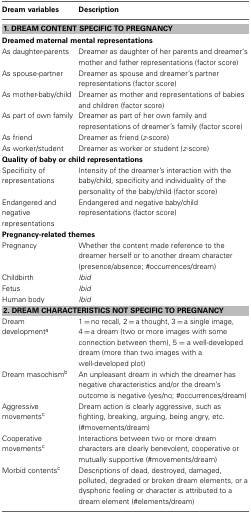
<table><thead><tr><td><b>Dream variables</b></td><td><b>Description</b></td></tr></thead><tbody><tr><td colspan="2"><b>1. DREAM CONTENT SPECIFIC TO PREGNANCY</b></td></tr><tr><td colspan="2"><b>Dreamed maternal mental representations</b></td></tr><tr><td>As daughter-parents</td><td>Dreamer as daughter of her parents and dreamer&#x27;s mother and father representations (factor score)</td></tr><tr><td>As spouse-partner</td><td>Dreamer as spouse and dreamer&#x27;s partner representations (factor score)</td></tr><tr><td>As mother-baby/child</td><td>Dreamer as mother and representations of babies and children (factor score)</td></tr><tr><td>As part of own family</td><td>Dreamer as part of her own family and representations of dreamer&#x27;s family (factor score)</td></tr><tr><td>As friend</td><td>Dreamer as friend (<i>z</i>-score)</td></tr><tr><td>As worker/student</td><td>Dreamer as worker or student (<i>z</i>-score)</td></tr><tr><td colspan="2"><b>Quality of baby or child representations</b></td></tr><tr><td>Specificity of representations</td><td>Intensity of the dreamer&#x27;s interaction with the baby/child, specificity and individuality of the personality of the baby/child (factor score)</td></tr><tr><td>Endangered and negative representations</td><td>Endangered and negative baby/child representations (factor score)</td></tr><tr><td colspan="2"><b>Pregnancy-related themes</b></td></tr><tr><td>Pregnancy</td><td>Whether the content made reference to the dreamer herself or to another dream character (presence/absence; #occurrences/dream)</td></tr><tr><td>Childbirth</td><td><i>Ibid</i></td></tr><tr><td>Fetus</td><td><i>Ibid</i></td></tr><tr><td>Human body</td><td><i>Ibid</i></td></tr><tr><td colspan="2"><b>2. DREAM CHARACTERISTICS NOT SPECIFIC TO PREGNANCY</b></td></tr><tr><td>Dream development<sup>a</sup></td><td>1 = no recall, 2 = a thought, 3 = a single image, 4 = a dream (two or more images with some connection between them), 5 = a well-developed dream (more than two images with a well-developed plot)</td></tr><tr><td>Dream masochism<sup>b</sup></td><td>An unpleasant dream in which the dreamer has negative characteristics and/or the dream&#x27;s outcome is negative (yes/no; #occurrences/dream)</td></tr><tr><td>Aggressive movements<sup>c</sup></td><td>Dream action is clearly aggressive, such as fighting, breaking, arguing, being angry, etc. (#movements/dream)</td></tr><tr><td>Cooperative movements<sup>c</sup></td><td>Interactions between two or more dream characters are clearly benevolent, cooperative or mutually supportive (#movements/dream)</td></tr><tr><td>Morbid contents<sup>c</sup></td><td>Descriptions of dead, destroyed, damaged, polluted, degraded or broken dream elements, or a dysphoric feeling or character is attributed to a dream element (#elements/dream)</td></tr></tbody></table>